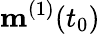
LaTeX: \mathbf{m}^{(1)}(t_{0})